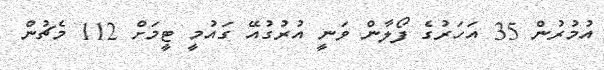
އުމުރުން 35 އަހަރުގެ ފޯލާން ވަނީ އުރުގުއޭ ގައުމީ ޓީމަށް 112 މެޗުން